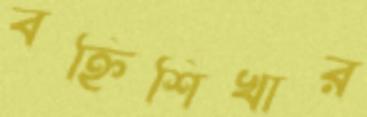
বহ্নিশিখার